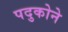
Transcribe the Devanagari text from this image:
पदुकोने